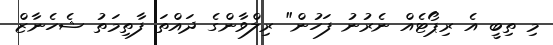
މި ތިބީ އެ ރިޕޯޓެއް ނެރުނު ފަހުން" ރިލްވާންގެ ދައްތަ ފާތިމަތު ޝެހެނާޒް